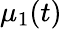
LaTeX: \mu_{1}(t)